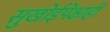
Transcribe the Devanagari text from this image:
सुखोईपेक्षाही